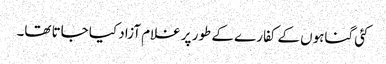
کئی گناہوں کے کفارے کے طور پر غلام آزاد کیا جاتا تھا۔